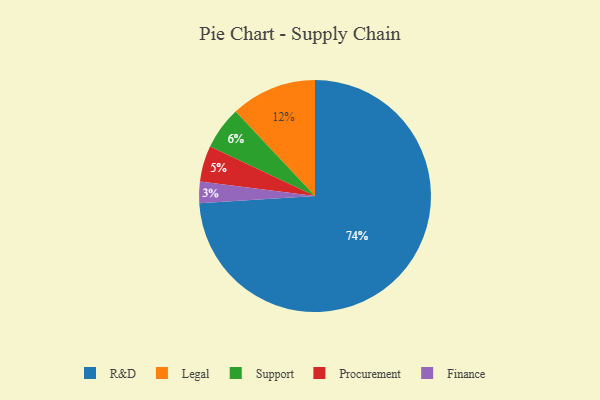
{"axis": {"x": "Category", "y": "Percentage"}, "legend": ["Finance", "Legal", "Procurement", "R&D", "Support"], "data": [{"x": "Legal", "y": 12, "type": "Legal"}, {"x": "Support", "y": 6, "type": "Support"}, {"x": "Finance", "y": 3, "type": "Finance"}, {"x": "R&D", "y": 74, "type": "R&D"}, {"x": "Procurement", "y": 5, "type": "Procurement"}]}